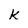
Character: k